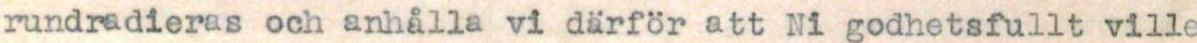
rundradieras och anhålla vi därför att Ni godhetsfullt ville